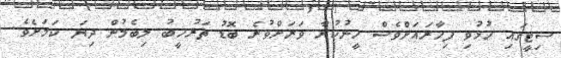
ސިޓީގައި ހުޅުވި ފިހާރައަށްވެސް ހީނުކުރާ ވަރަށްވުރެ ބޮޑު ތަރުހީބު ލިބެމުން ދިޔަ ކަމަށެވެ.